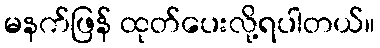
မနက်ဖြန် ထုတ်ပေးလို့ရပါတယ်။